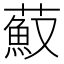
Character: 𦼼